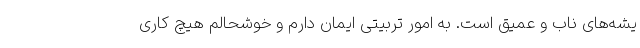
یشه‌های ناب و عمیق است. به امور تربیتی ایمان دارم و خوشحالم هیچ کاری